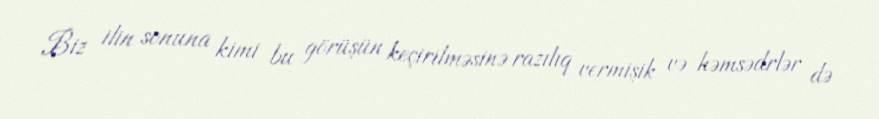
Biz ilin sonuna kimi bu görüşün keçirilməsinə razılıq vermişik və həmsədrlər də